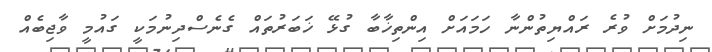
ނިދުމަށް ވުރެ ރައްޔިތުންނާ ހަމައަށް އިންތިޚާބާ ގުޅޭ ޚަބަރުތައް ގެނެސްދިނުމަކީ ގައުމީ ވާޖިބެއް